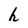
Character: h